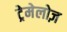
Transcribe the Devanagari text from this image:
ट्रेमेलोज़